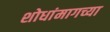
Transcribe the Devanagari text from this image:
शोधांमागच्या